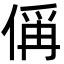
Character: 偁